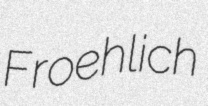
Froehlich